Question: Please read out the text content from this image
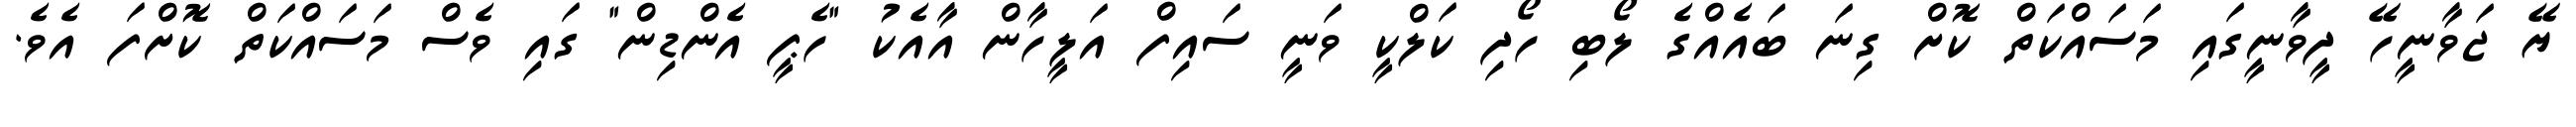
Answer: ޔޭ ޖަވާނީހޭ ދީވާނީގައި މަސައްކަތް ކޮށް ގިނަ ބައެއްގެ ލޯބި ހޯދި ކަލްކީ ވަނީ ސައިފް އަލީހާން އާއެކު "ހެޕީ އެންޑިން" ގައި ވެސް މަސައްކަތް ކޮށްފަ އެވެ.